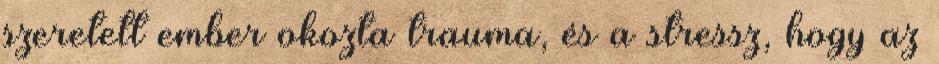
szeretett ember okozta trauma, és a stressz, hogy az